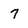
Character: 7